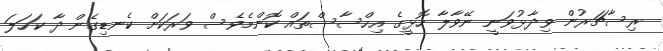
ރިސާޗަރުން ވިދާޅުވަނީ ނޭވާލާ ހޮޅީގެ އިހްސާސްތައް ކޮންމެވެސް ވަރަކަށް ކެނޑިގެން ދާ ކަހަލަ